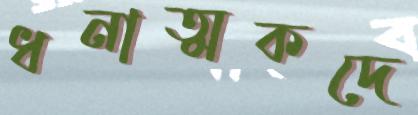
ধনাত্মকদে